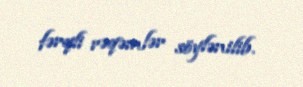
fərqli rəqəmlər söylənilib.